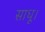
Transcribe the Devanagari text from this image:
साधू।